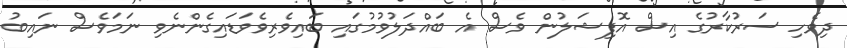
ދިވެހި ސަރުކާރުގެ އިސް އޮފިޝަލުން ވެސް އެ ބައްދަލުވުމުގައި ބައިވެރިވެވަޑައިގެންނެވި ނަމަވެސް ނައިބު